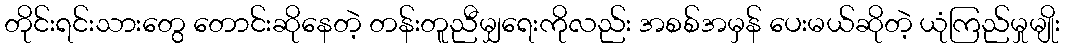
တိုင်းရင်းသားတွေ တောင်းဆိုနေတဲ့ တန်းတူညီမျှရေးကိုလည်း အစစ်အမှန် ပေးမယ်ဆိုတဲ့ ယုံကြည်မှုမျိုး